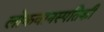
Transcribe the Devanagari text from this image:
लोकवानस्पतिकी